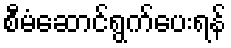
စီမံဆောင်ရွက်ပေးရန်